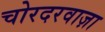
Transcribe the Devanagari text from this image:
चोरदरवाज़ा